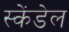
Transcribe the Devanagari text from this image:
स्केंडेल